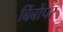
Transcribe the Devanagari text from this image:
बिंबोंपर